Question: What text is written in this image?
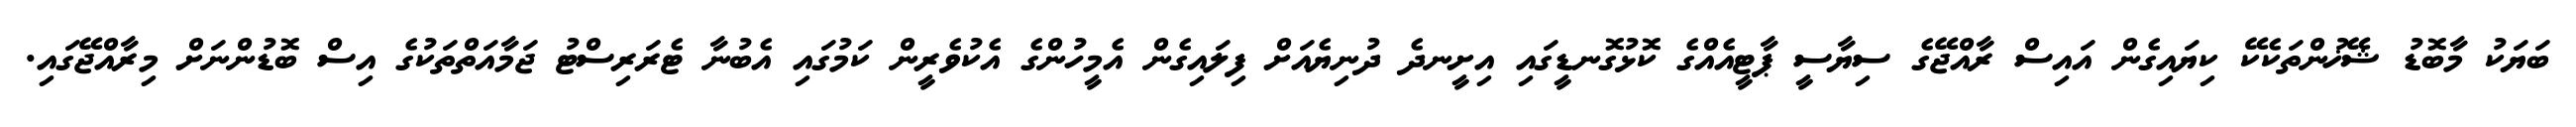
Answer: ބަޔަކު މާބޮޑު ޝޭޚުންތަކެކޭ ކިޔައިގެން އައިސް ރާއްޖޭގެ ސިޔާސީ ޕާޓީއެއްގެ ކޮޅުގޮނޑީގައި އިށީނދެ ދުނިޔެއަށް ފިލައިގެން އެމީހުންގެ އެކުވެރީން ކަމުގައި އެބުނާ ޓެރަރިސްޓު ޖަމާއަތްތަކުގެ އިސް ބޮޑުންނަށް މިރާއްޖޭގައި.